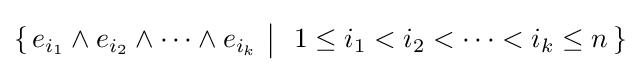
\{\,e_{i_{1}}\wedge e_{i_{2}}\wedge \cdots \wedge e_{i_{k}}~{\big |}~~1\leq i_{1}<i_{2}<\cdots <i_{k}\leq n\,\}